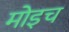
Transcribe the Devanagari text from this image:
मोइच